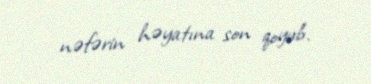
nəfərin həyatına son qoyub.